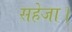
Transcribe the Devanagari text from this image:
सहेजा।